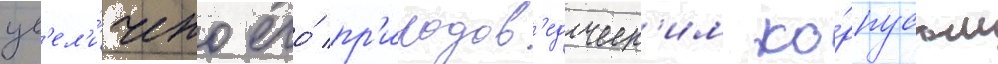
ув'ел'и́чено его́ пр'иродов'едческ'им ко́рпусом